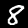
Digit: 8